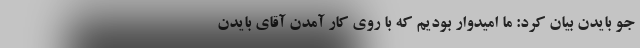
جو بایدن بیان کرد: ما امیدوار بودیم که با روی کار آمدن آقای بایدن